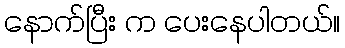
နောက်ပြီး က ပေးနေပါတယ်။